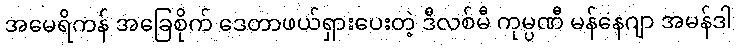
အမေရိကန် အခြေစိုက် ဒေတာဖယ်ရှားပေးတဲ့ ဒီလစ်မီ ကုမ္ပဏီ မန်နေဂျာ အမန်ဒါ